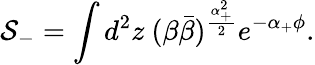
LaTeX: {\cal S}_{-}=\int d^{2}z~(\beta\bar{\beta})^{\frac{\alpha_{+}^{2}}{2}}e^{-\alpha_{+}\phi}.